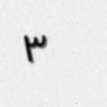
٣